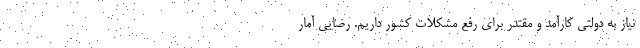
نیاز به دولتی کارآمد و مقتدر برای رفع مشکلات کشور داریم. رضایی آمار